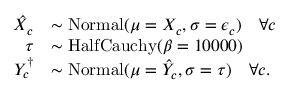
\begin{array} { r l } { \hat { X } _ { c } } & { \sim \mathrm { N o r m a l } ( \mu = X _ { c } , \sigma = \epsilon _ { c } ) \quad \forall c } \\ { \tau } & { \sim \mathrm { H a l f C a u c h y } ( \beta = 1 0 0 0 0 ) } \\ { Y _ { c } ^ { \dagger } } & { \sim \mathrm { N o r m a l } ( \mu = \hat { Y } _ { c } , \sigma = \tau ) \quad \forall c . } \end{array}